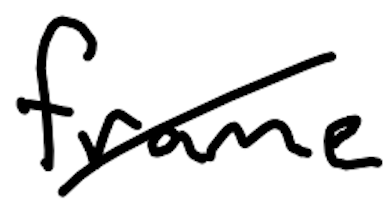
Text: frame
Cross-out: diagonal
Writing tool: digital_black